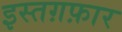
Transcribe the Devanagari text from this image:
इस्तग़फ़ार